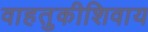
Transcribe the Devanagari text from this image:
वाहतुकीशिवाय